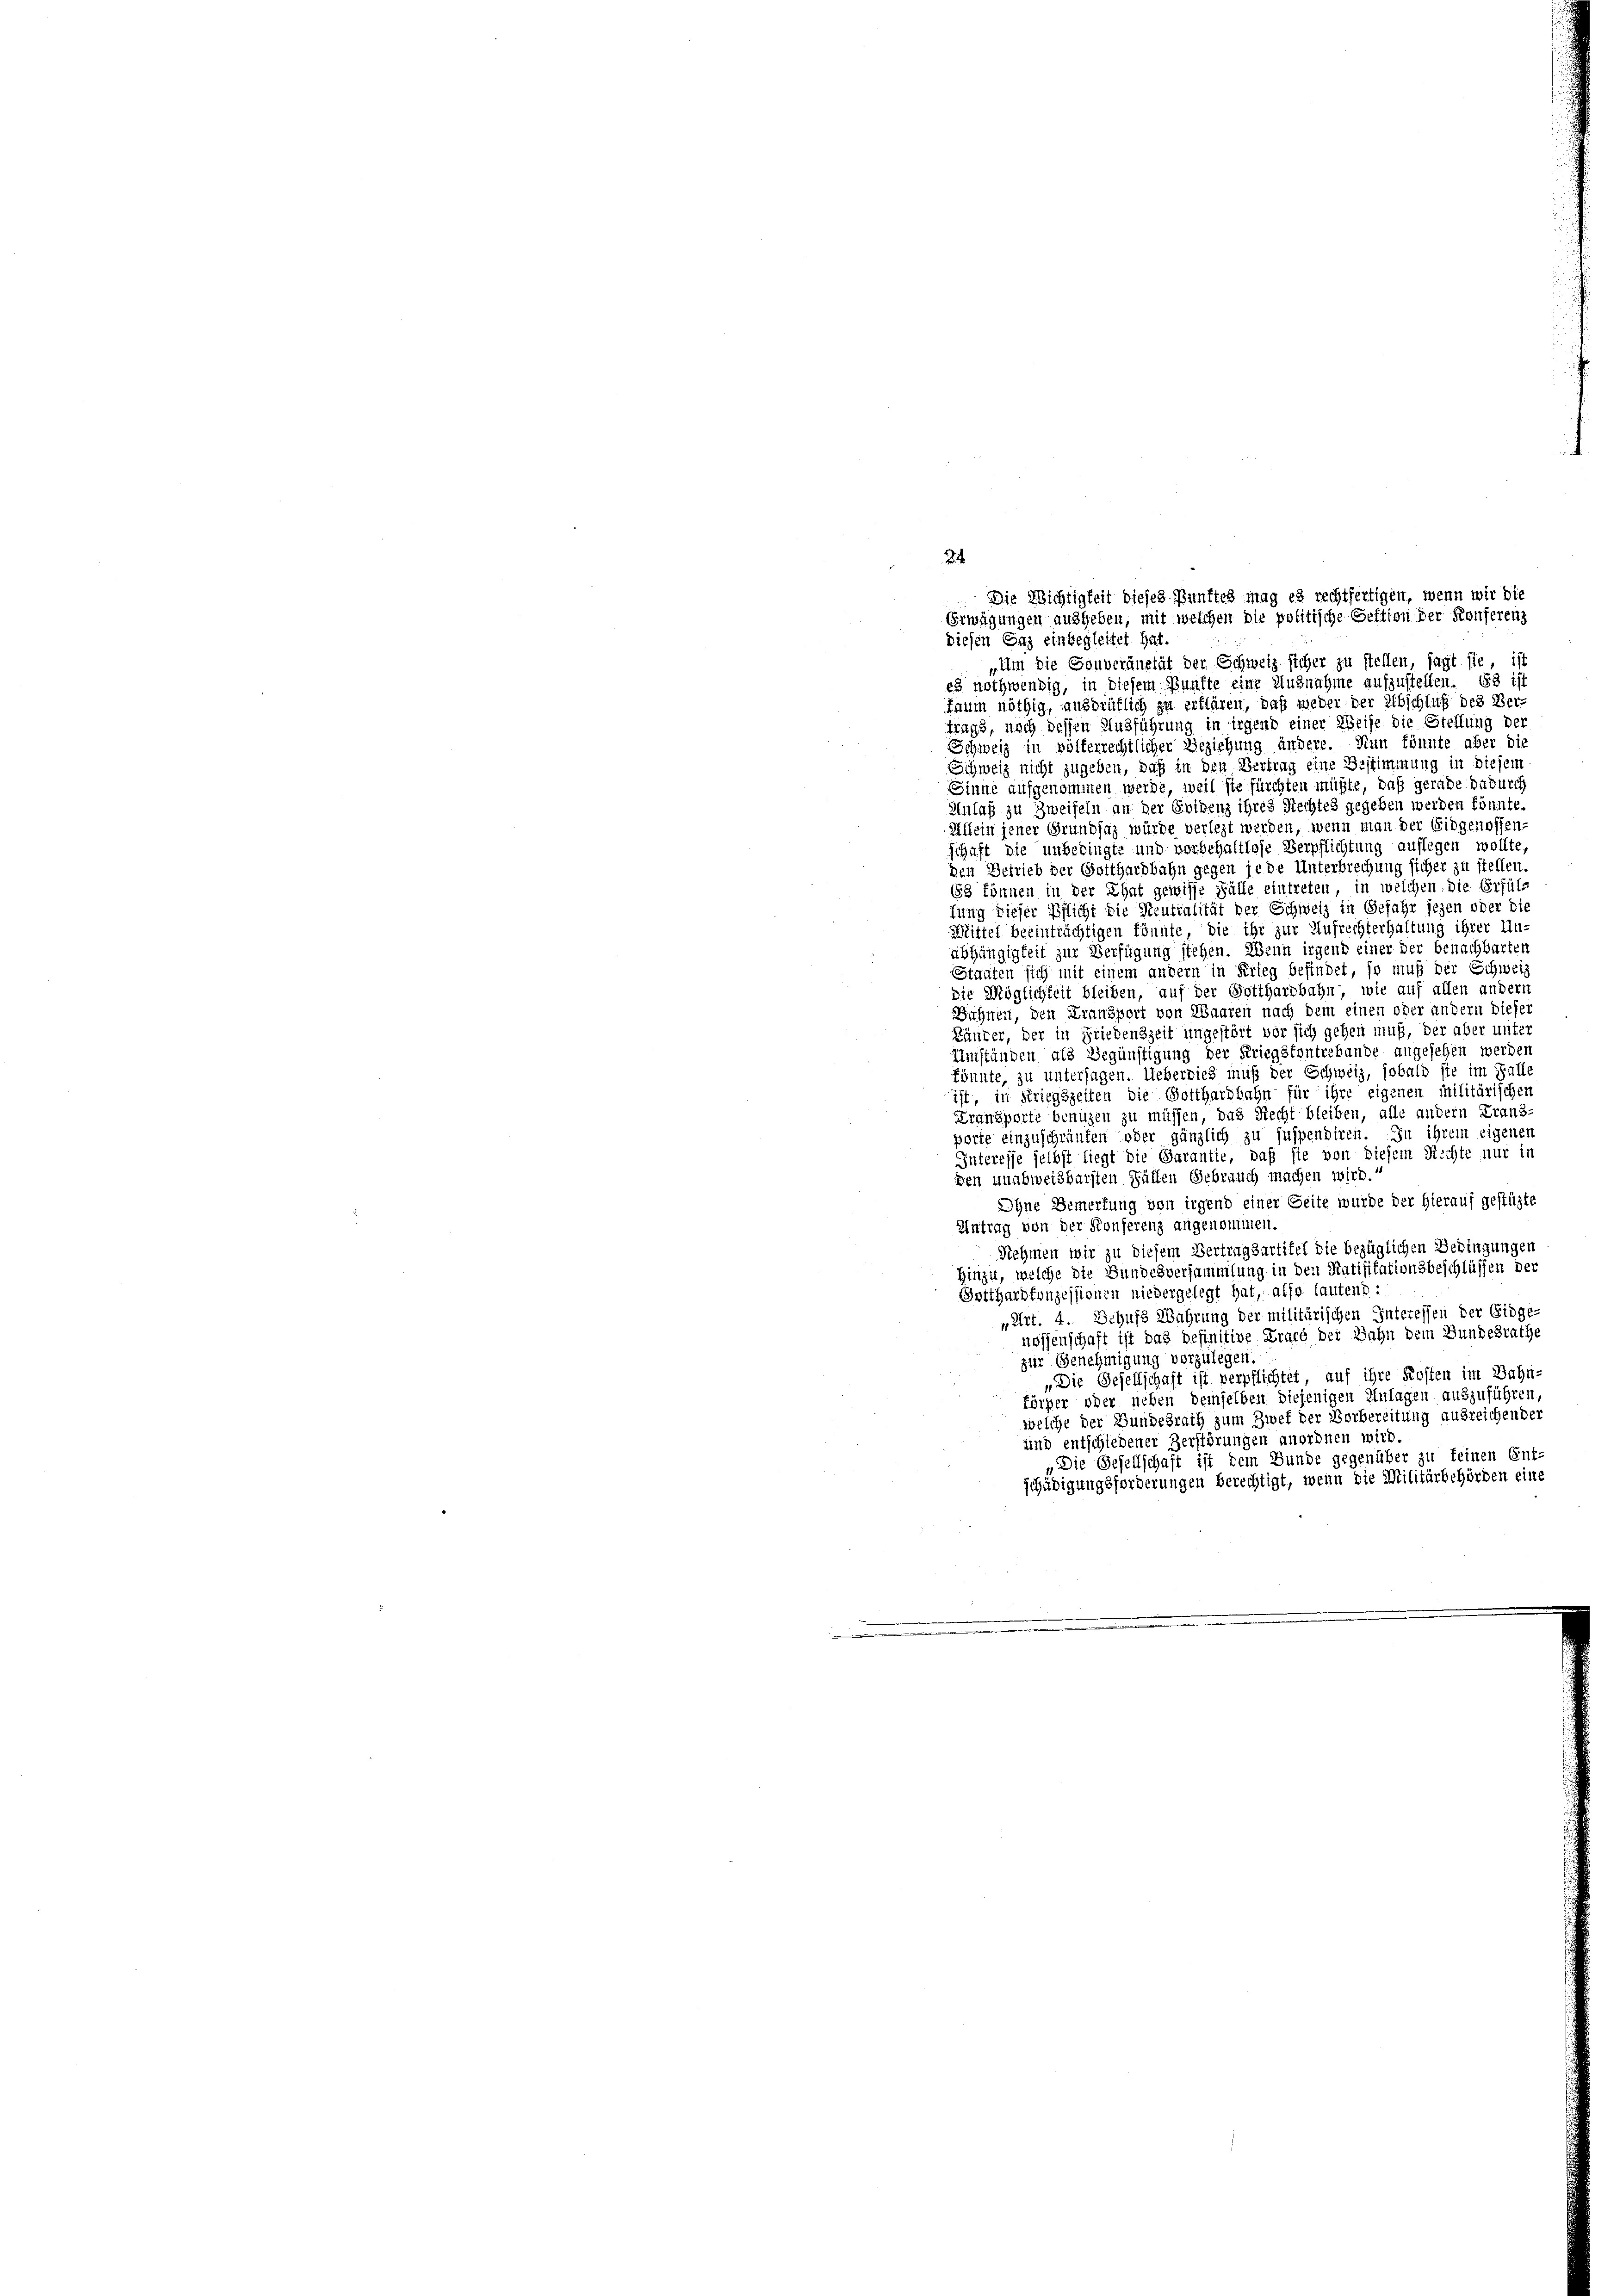
es nothwendig, in diesem Punkte eine Ausnahme aufzustellen. Es ist
taum nöthig, ausdrüklich zu erklären, daß weder der Abschluß des Ver-
trags, noch dessen Ausführung in irgend einer Weise die Steffung der
Schweiz in völkerrechtlicher Beziehung ändere. Nun könnte aber die
schweiz nicht zugeben, daß in den Vertrag eine Bestimmung in diesem
Sinne aufgenommen werde, weil sie fürchten müßte, daß gerade dadurch
Anlaß zu Zweifeln an der Evidenz ihres Rechtes gegeben werden könnte.
Allein jener Grundsaz würde verlegt werden, wenn man der Eidgenossen:
schaft die unbedingte und vorbehaltlose Verpflichtung auflegen wollte,
den Betrieb der Gotthardbahn gegen jede Unterbrechung sicher zu stellen
(83 können in der That gewisse Fälle eintreten, in welchen. Die Erfülfung dieser Pflicht die Neutralität der Schweiz in Gefahr jezen oder die
Mittel beeinträchtigen könnte, die ihr zur Aufrechterhaltung ihrer An-
abhängigkeit zur Verfügung stehen. Wenn irgend einer der benachbarten
Stauten sich mit einem andern in Krieg befindet, so muß der Schwei
die Möglichkeit bleiben, auf der Gotthardbahn, wie auf allen andern
Bichnen, den Fransport von Waaren nach dem einen oder andern dieser
Läuter, der in Friedenszeit ungestört vor sich gehen muß, der aber unter
Umständen als Begünstigung der Kriegstontrebande angesehen werden
könnte, zu unterjagen. Ueberdies muß der Schweiz, sobald sie im Falle
ist, in Striegszeiten die Gotthardbahn für ihre eigenen militärischen
Transporte benuzen zu müssen, das Recht bleiben, alle andern Frans-
porte einzuschränken oder gänzlich zu suspendiren. In ihrem eigenen
Interesse selbst liegt die Garantie, daß sie von diesem Rechte nur in
den unabweisbarsten Fällen Gebrauch machen wird.“
Ohne Bemerkung von irgend einer Seite wurde der hierauf gestützte
Antrag von der Konferenz angenommen.
Nehmen wir zu diesem Vertragsartitel die bezüglichen Bedingungen
Hinzu, welche die Bundesversammlung in den Ratifikationsbeschlüssen der
Gotthardkonzessionen niedergelegt hat, also lautend :
„Art. 4. Schuss Wahrung der militärischen Interessen der Eidge-
nossenschaft ist das befinitive Tracé der Jahn dem Bundesrathe
zur Genehmigung vorzulegen
„Die Gesellschaft ist verpflichtet, auf ihre Kosten im Bahn-
törser oder neben demselben diejenigen Anlagen auszuführen,
welche der Bundesrath zum Zwef der Vorbereitung ausreichender
und entschiedener Zerstörungen anordnen wird.
„Die Gesellschaft ist dem Bunde gegenüber zu feinen Ent-
schädigungsforderungen berechtigt, wenn die Militärbehörden eine

24
Die Richtigkeit dieses Punktes mag es rechtfertigen, wenn wir die
Erwägungen ausheben, mit welchen die politische Sektion der Konferenz
diesen Enz einbegleitet hat.
„Um die Souveränetät der Schweiz sicher zu stellen, sagt sie, ist